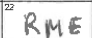
Transcription: RME